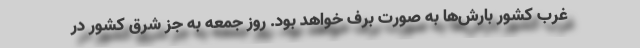
غرب کشور بارش‌ها به صورت برف خواهد بود. روز جمعه به جز شرق کشور در